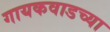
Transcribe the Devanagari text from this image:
गायकवाडच्या